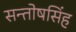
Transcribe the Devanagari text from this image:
सन्तोषसिंह